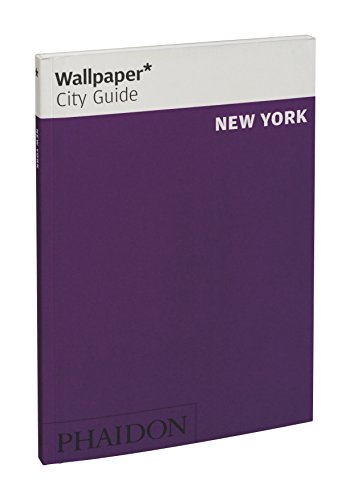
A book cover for Wallpaper* City Guide New York; Wallpaper*; Travel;